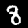
Digit: 8